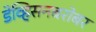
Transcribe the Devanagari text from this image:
डेव्हिसनबरोबर